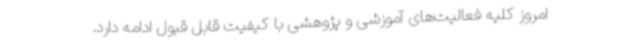
امروز کلیه فعالیت‌های آموزشی و پژوهشی با کیفیت قابل قبول ادامه دارد.